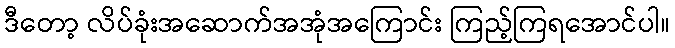
ဒီတော့ လိပ်ခုံးအဆောက်အအုံအကြောင်း ကြည့်ကြရအောင်ပါ။